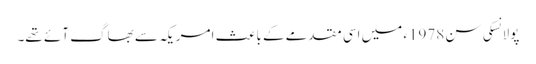
پولانسکی سن 1978ء میں اسی مقدمے کے باعث امریکہ سے بھاگ آئے تھے۔